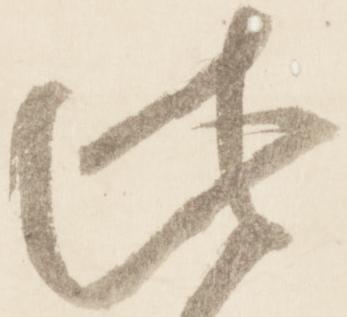
此